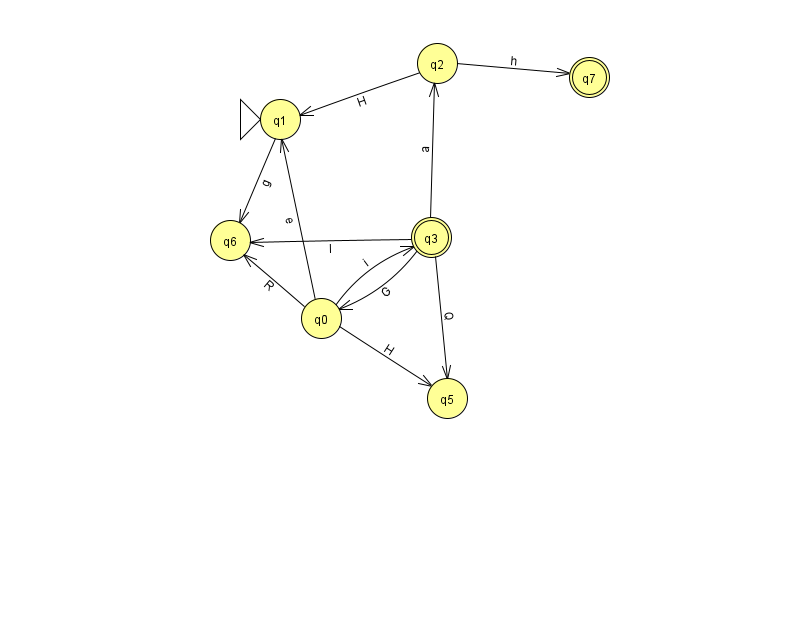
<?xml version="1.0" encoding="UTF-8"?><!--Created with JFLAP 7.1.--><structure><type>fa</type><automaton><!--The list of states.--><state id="0" name="q0"><x>321.0</x><y>305.0</y></state><state id="1" name="q1"><x>280.0</x><y>106.0</y><initial/></state><state id="2" name="q2"><x>437.0</x><y>50.0</y></state><state id="3" name="q3"><x>431.0</x><y>224.0</y><final/></state><state id="5" name="q5"><x>447.0</x><y>385.0</y></state><state id="6" name="q6"><x>230.0</x><y>227.0</y></state><state id="7" name="q7"><x>589.0</x><y>64.0</y><final/></state><!--The list of transitions.--><transition><from>0</from><to>5</to><read>H</read></transition><transition><from>0</from><to>1</to><read>e</read></transition><transition><from>3</from><to>0</to><read>G</read></transition><transition><from>3</from><to>2</to><read>a</read></transition><transition><from>1</from><to>6</to><read>g</read></transition><transition><from>0</from><to>6</to><read>R</read></transition><transition><from>2</from><to>1</to><read>H</read></transition><transition><from>0</from><to>3</to><read>i</read></transition><transition><from>2</from><to>7</to><read>h</read></transition><transition><from>3</from><to>5</to><read>Q</read></transition><transition><from>3</from><to>6</to><read>l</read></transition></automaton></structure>